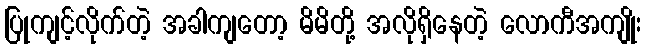
ပြုကျင့်လိုက်တဲ့ အခါကျတော့ မိမိတို့ အလိုရှိနေတဲ့ လောကီအကျိုး